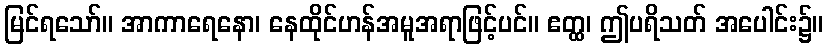
မြင်ရသော်။ အာကာရေနော၊ နေထိုင်ဟန်အမူအရာဖြင့်ပင်။ ဧတ္ထ၊ ဤပရိသတ် အပေါင်း၌။